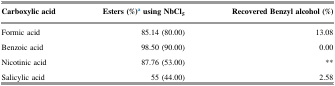
| Carboxylic acid | Esters (%)a using NbCl5 | Recovered Benzyl alcohol (%) |
 | --- | --- | --- |
 | Formic acid | 85.14 (80.00) | 13.08 |
 | Benzoic acid | 98.50 (90.00) | 0.00 |
 | Nicotinic acid | 87.76 (53.00) | ** |
 | Salicylic acid | 55 (44.00) | 2.58 |